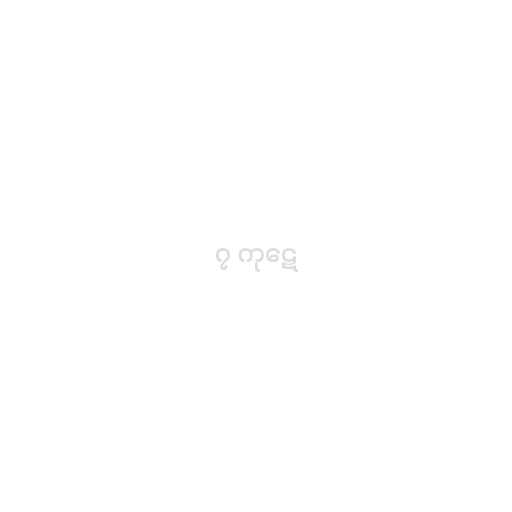
၇ ကုဋေ